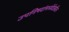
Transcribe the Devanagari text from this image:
उपनिषदांमध्येदेखील